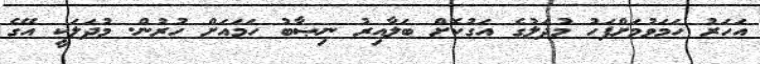
އަހަރު ހަމަވުމަށްފަހު މުދަލުގެ އަގުކޮށް ބަލާއިރު ނިޞާބު ހަމައަށް ހުރުން. މުދަލަކީ އޭގެ